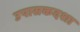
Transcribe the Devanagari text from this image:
उपासकदशा